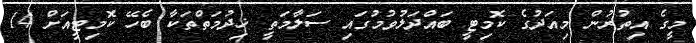
މީގެ އިތުރުން މިއަދުގެ ކޮމިޓީ ބައްދަލުވުމުގައި ސަލާމަތީ ޚިދުމަތްތަކާ ބެހޭ ކޮމިޓީއަށް 14